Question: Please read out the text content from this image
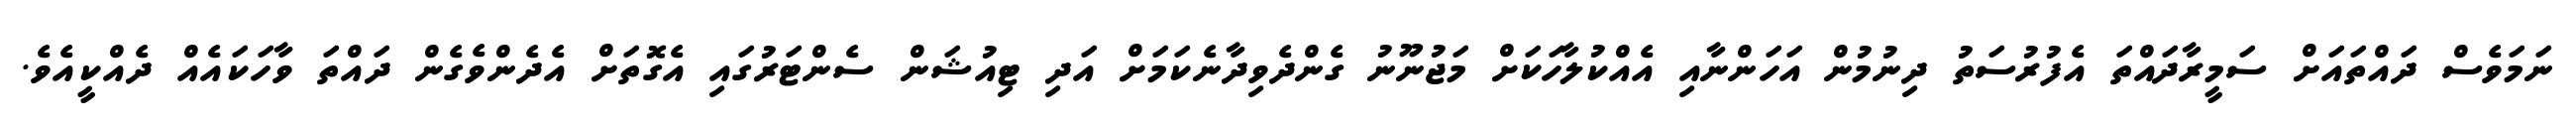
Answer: ނަމަވެސް ދައްތައަށް ސަމީރާދައްތަ އެފުރުސަތު ދިނުމުން އަހަންނާއި އެއްކުލާހަކަށް މަޖުނޫނު ގެންދެވިދާނެކަމަށް އަދި ޓިއުޝަން ސެންޓަރުގައި އެގޮތަށް އެދެންވެގެން ދައްތަ ވާހަކައެއް ދެއްކީއެވެ.